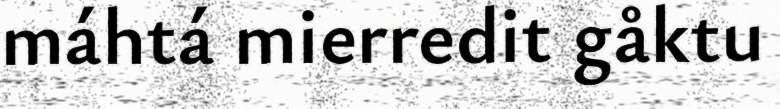
máhtá mierredit gåktu